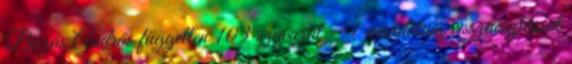
Buzás András független 103 szavazat – 1 mandátum visszaosztással